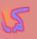
كما